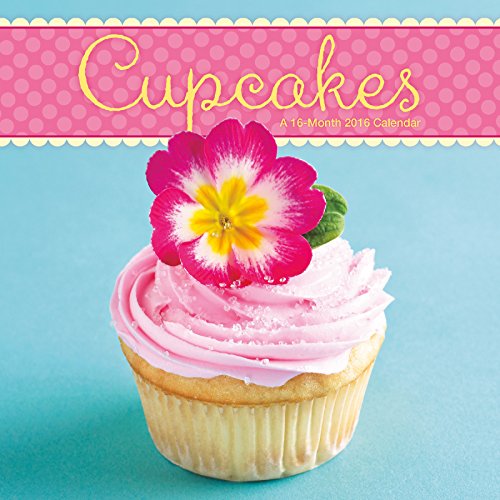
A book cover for Cupcakes 2016 Mini Calendar; Trends International; Calendars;